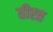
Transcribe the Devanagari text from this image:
वीरत